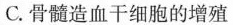
C.骨髓造血干细胞的增殖